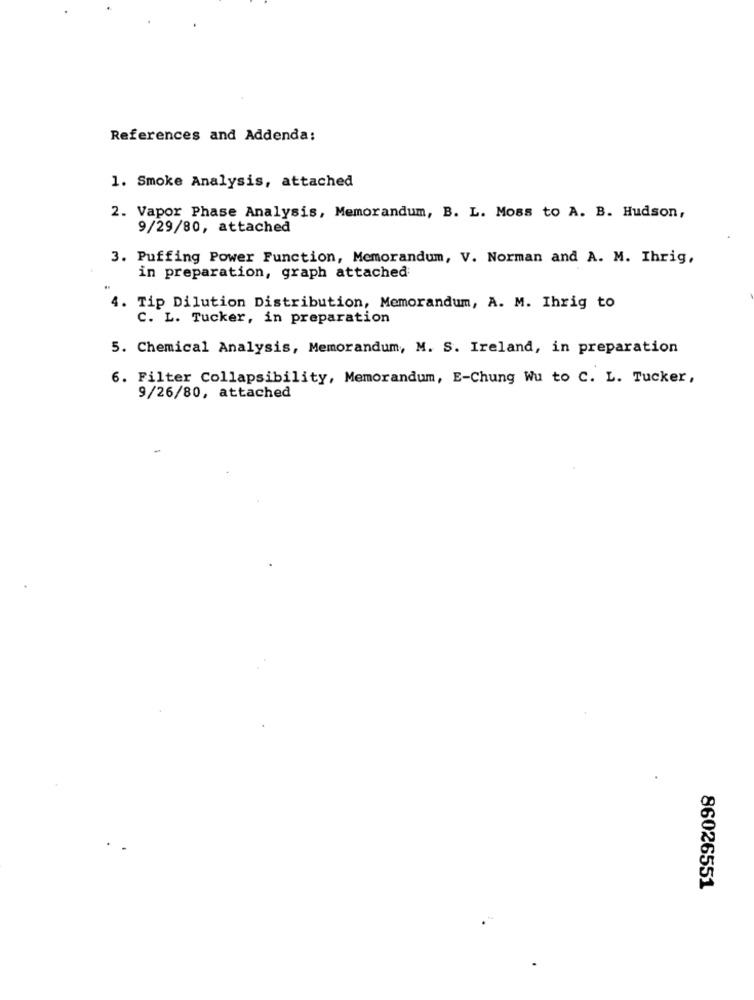
References and Addenda:
1. Smoke Analysis, attached
2. Vapor Phase Analysis, Memorandum, B. L. Moss to A. B. Hudson,
9/29/80, attached
3. Puffing Power Function, Memorandum, V. Norman and A. M. Ihrig,
in preparation, graph attached
. Tip Dilution Distribution, Memorandum, A. M. Ihrig to
C. L. Tucker, in preparation
5. Chemical Analysis, Memorandum, M. S. Ireland, in preparation
6. Filter Collapsibility, Memorandum, E-Chung Wu to C. L. Tucker,
9/26/80, attached
-
86026551